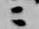
々